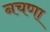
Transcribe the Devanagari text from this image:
नचणा